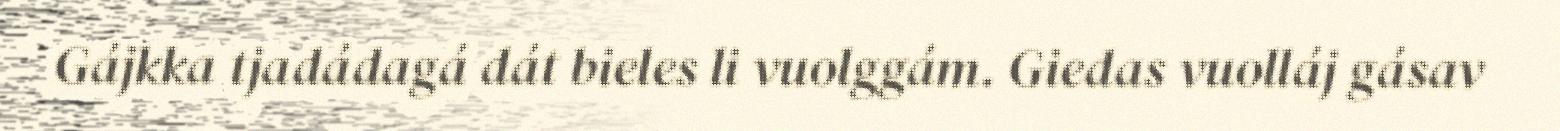
Gájkka tjadádagá dát bieles li vuolggám. Giedas vuolláj gásav